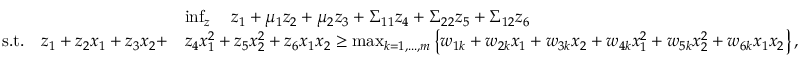
\begin{array} { r l } & { \operatorname* { i n f } _ { \boldsymbol { z } } \quad z _ { 1 } + \mu _ { 1 } z _ { 2 } + \mu _ { 2 } z _ { 3 } + \Sigma _ { 1 1 } z _ { 4 } + \Sigma _ { 2 2 } z _ { 5 } + \Sigma _ { 1 2 } z _ { 6 } } \\ { \mathrm { s . t . } \quad z _ { 1 } + z _ { 2 } x _ { 1 } + z _ { 3 } x _ { 2 } + } & { z _ { 4 } x _ { 1 } ^ { 2 } + z _ { 5 } x _ { 2 } ^ { 2 } + z _ { 6 } x _ { 1 } x _ { 2 } \geq \operatorname* { m a x } _ { k = 1 , . . . , m } \left\{ w _ { 1 k } + w _ { 2 k } x _ { 1 } + w _ { 3 k } x _ { 2 } + w _ { 4 k } x _ { 1 } ^ { 2 } + w _ { 5 k } x _ { 2 } ^ { 2 } + w _ { 6 k } x _ { 1 } x _ { 2 } \right\} , } \end{array}